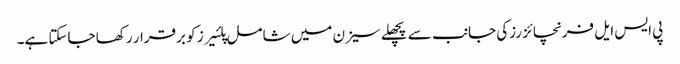
پی ایس ایل فرنچائز رزکی جانب سے پچھلے سیزن میں شامل پلئیرز کو برقرار رکھا جاسکتا ہے۔